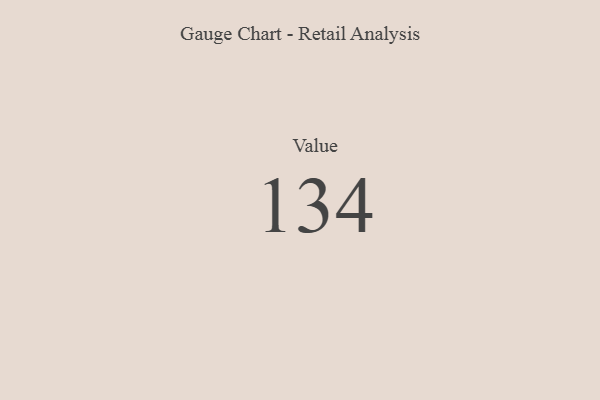
{"axis": {"x": "Metric", "y": "Value"}, "legend": [""], "data": [{"x": "Value", "y": 134, "type": ""}]}